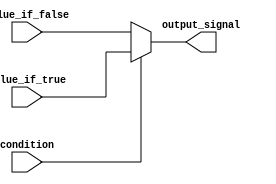
module conditional_assignment (
    input wire condition,      // Input condition signal
    input wire value_if_true,  // Value to assign if condition is true
    input wire value_if_false, // Value to assign if condition is false
    output wire output_signal   // Output signal
);

// Continuous assignment using the ternary operator
assign output_signal = (condition) ? value_if_true : value_if_false;

endmodule